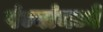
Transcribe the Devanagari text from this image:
पंज्यांमध्ये